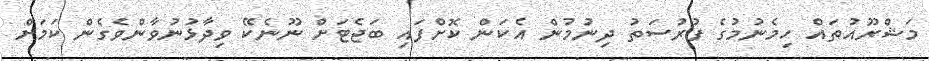
މަޝްރޫއުތައް ހިމެނުމުގެ ފުރުސަތު ދިނުމުން އެކަން ކޮށްފައި ބަޖެޓަށް ނޫނެކޭ ވިދާޅުނުވާންވެގެން ކަމަށް